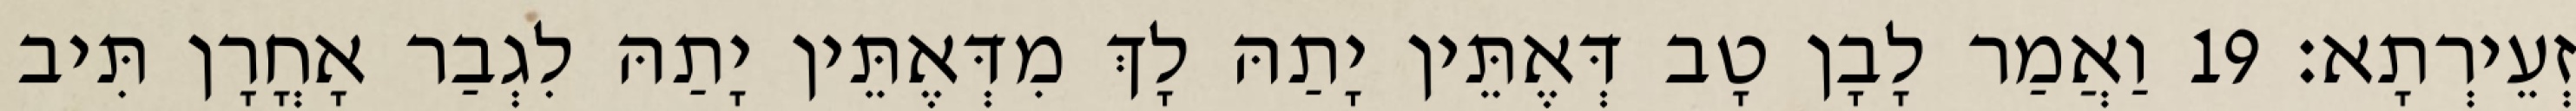
זְעֵירְתָא׃ 19 וַאֲמַר לָבָן טָב דְּאֶתֵּין יָתַהּ לָךְ מִדְּאֶתֵּין יָתַהּ לִגְבַר אָחֳרָן תִּיב